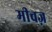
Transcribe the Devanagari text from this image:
मीचज़